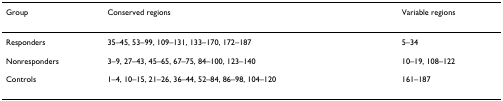
<table><thead><tr><td><b>Group</b></td><td><b>Conserved regions</b></td><td><b>Variable regions</b></td></tr></thead><tbody><tr><td>Responders</td><td>35–45, 53–99, 109–131, 133–170, 172–187</td><td>5–34</td></tr><tr><td>Nonresponders</td><td>3–9, 27–43, 45–65, 67–75, 84–100, 123–140</td><td>10–19, 108–122</td></tr><tr><td>Controls</td><td>1–4, 10–15, 21–26, 36–44, 52–84, 86–98, 104–120</td><td>161–187</td></tr></tbody></table>